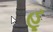
હૂ